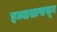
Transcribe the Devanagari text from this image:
हव्यासापासून